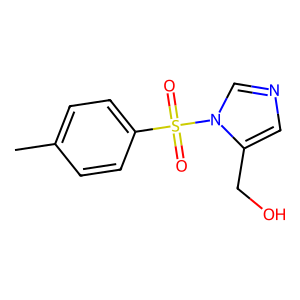
SMILES: Cc1ccc(S(=O)(=O)n2cncc2CO)cc1
Inhibits HIV replication: No